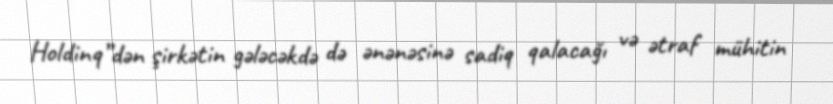
Holdinq”dən şirkətin gələcəkdə də ənənəsinə sadiq qalacağı və ətraf mühitin